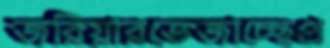
জরিয়ারভেজাচ্ছেপ্র